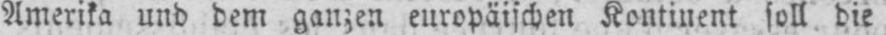
Amerika und dem ganzen europäischen Kontinent soll die